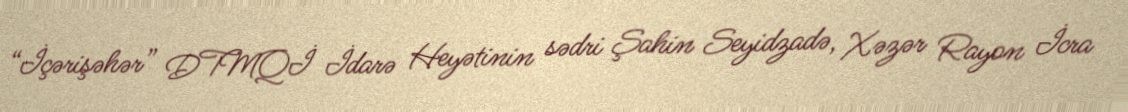
“İçərişəhər” DTMQİ İdarə Heyətinin sədri Şahin Seyidzadə, Xəzər Rayon İcra